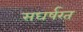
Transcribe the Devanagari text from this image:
सघर्षरत